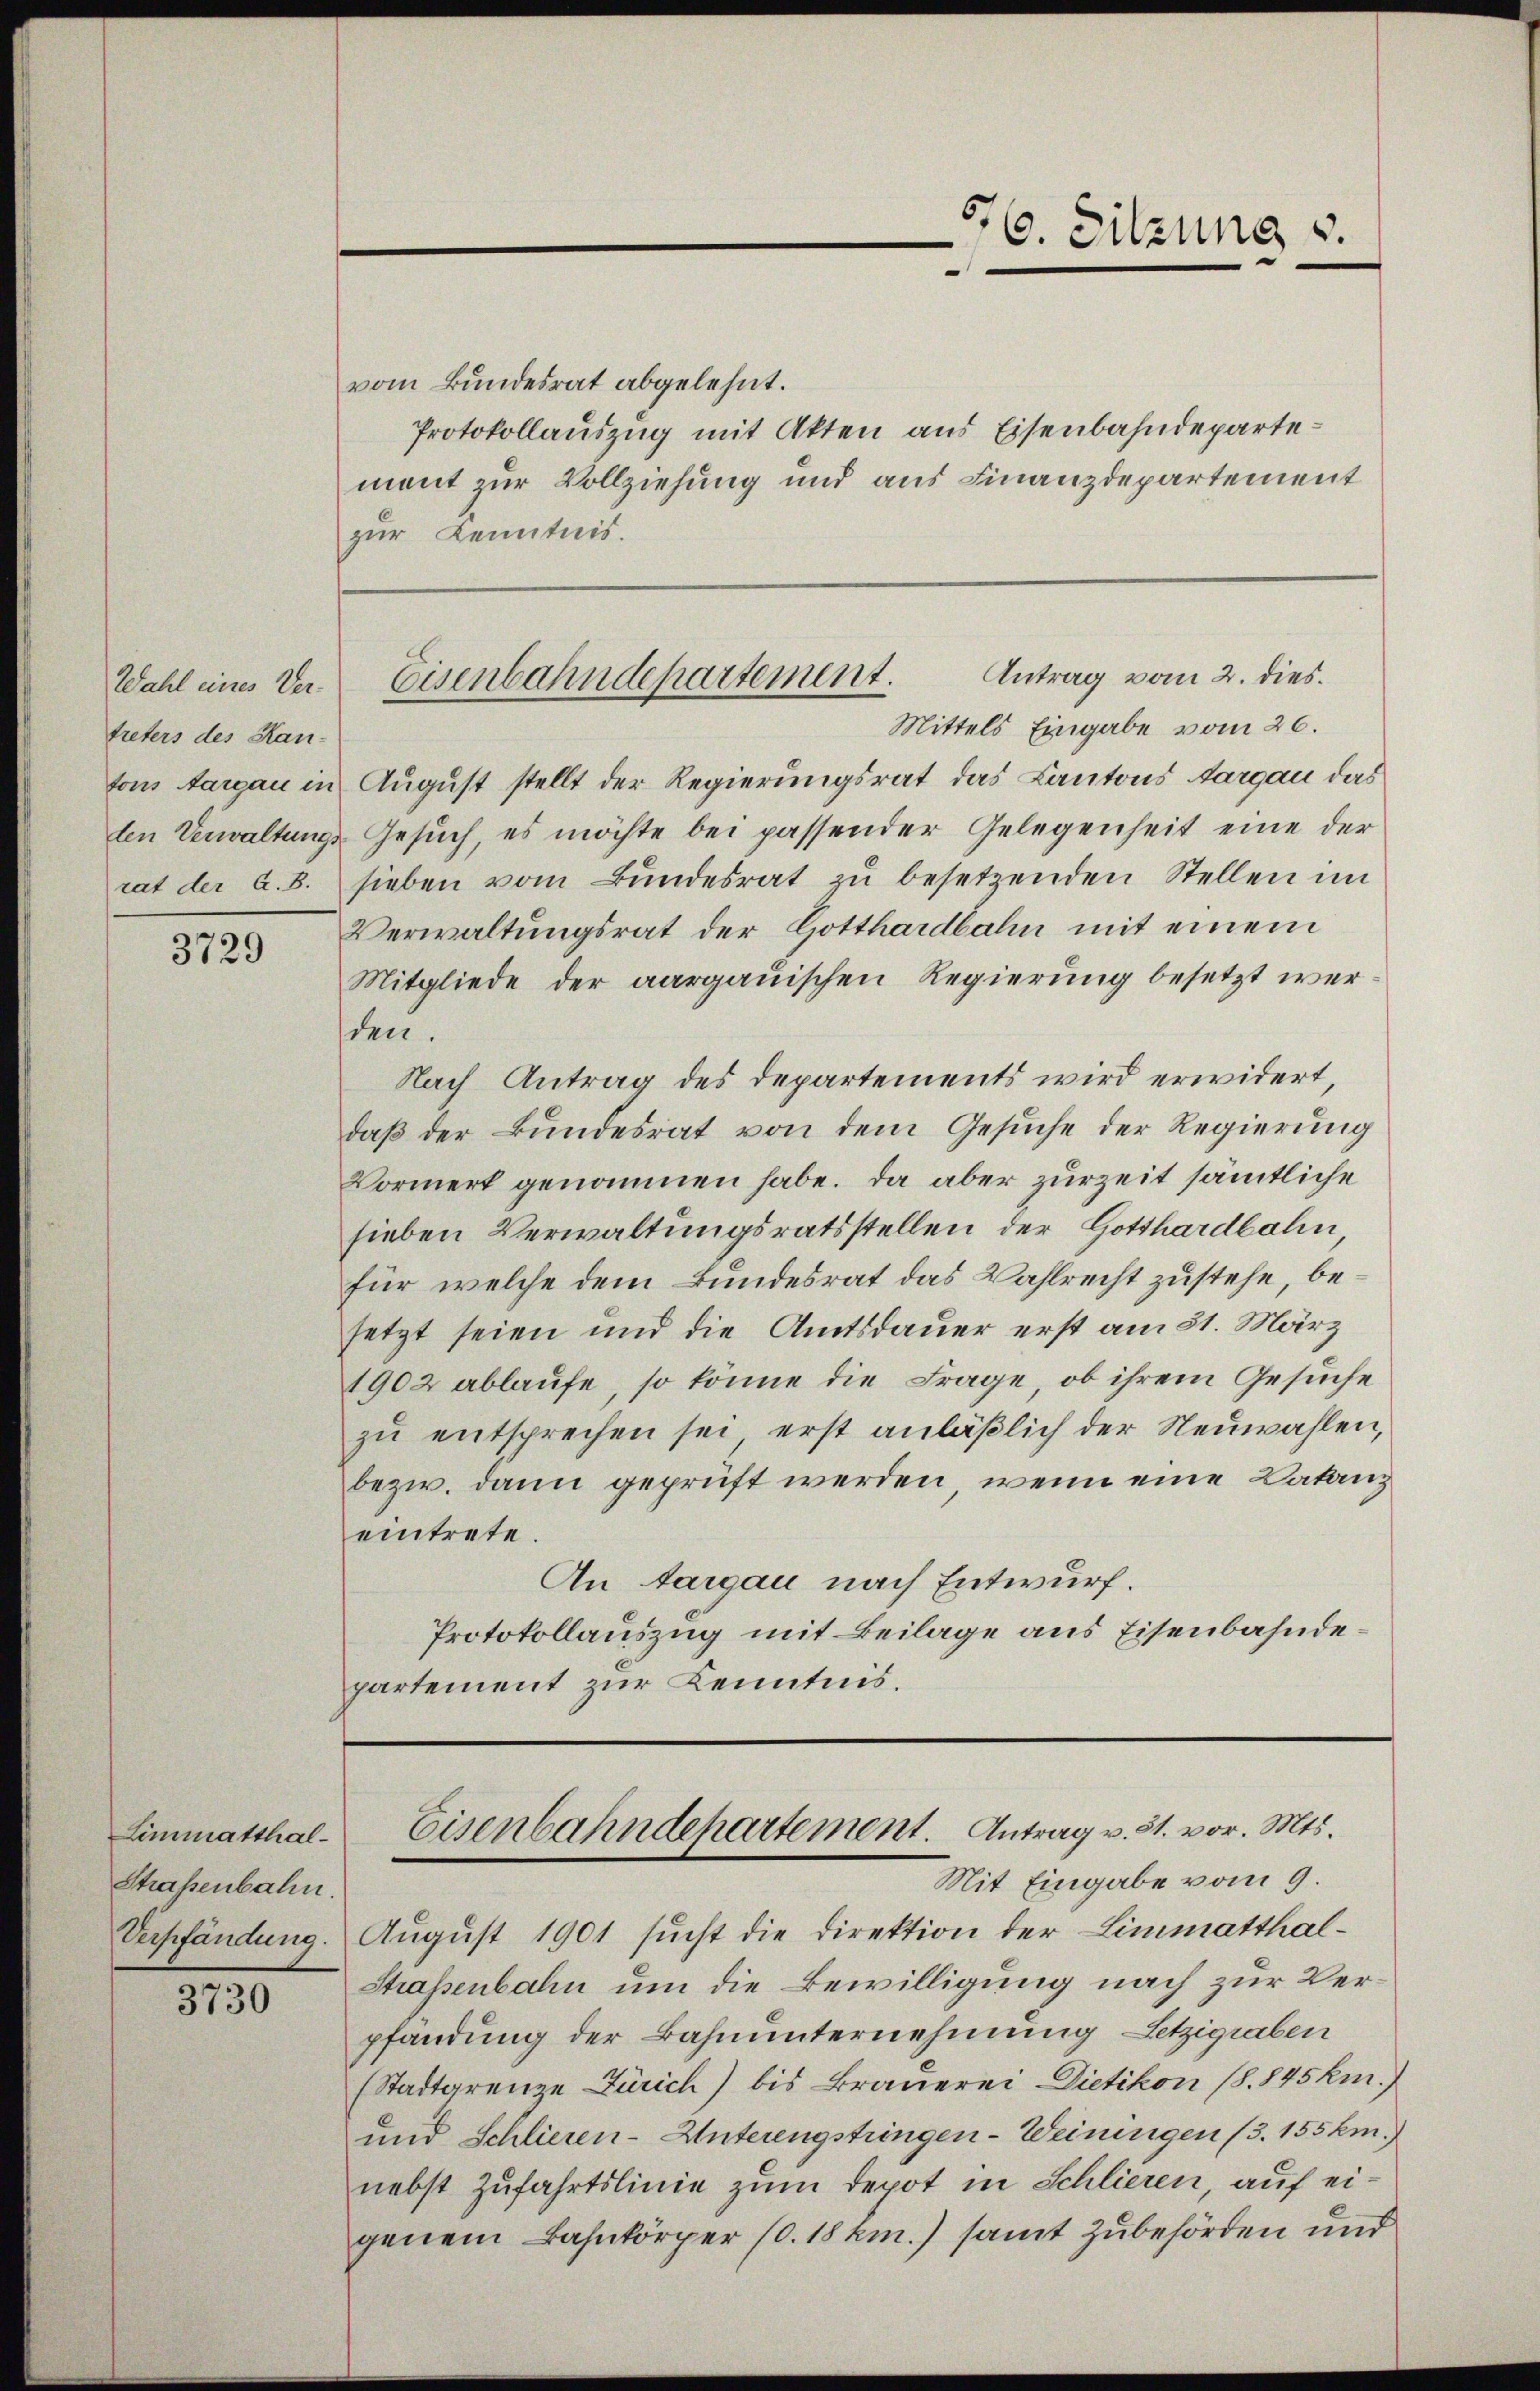
treters des Kan-

3729

Limmatthal¬
Strassenbahn.
Verpfändung.

3730

vom Bundesrat abgelehnt.
Protokollauszug mit Akten aus Eisenbahndepartement zur Vollziehung und aus Finanzdepartement
zur Kenntnis.

Mittels Eingabe vom 26.
tons Aargau in August stellt der Regierungsrat das Kantons Aargau das
den Verwaltungs-Gesuch, es möchte bei passender Gelegenheit eine der
rat der A. B. sieben vom Bŭndesrat zŭ besetzenden Stellen im
Verwaltungsrat der Gotthardbahn mit einem
Mitgliede der aargauischen Regierung besetzt werden.
Nach Antrag des Departements wird erwidert,
daß der Bundesrat von dem Gesuche der Regierung
Vormerk genommen habe. Da aber zurzeit sämmtliche
sieben Verwaltungsratsstellen der Gotthardbahn
für welche dem Bundesrat das Wahlrecht zustehe, besetzt seien und die Amtsdauer erst am 31. März
1902 ablaufe, so könne die Frage, ob ihrem Gesuche
zu entsprechen sei, erst anläßlich der Neuwahlen,
bezw. dann geprüft werden, wenn eine Datanz
eintrete.
An targau nach Entwurf.
Protokollauszug mit Beilage aus Eisenbahndepartement zur Kenntnis.

56. Sitzung v.

Antrag vom 2. dies
Wahl eines Der Eisenbahndepartement.

Eisenbahndepartement.   Antrag v. 31. vor. Mts.
Mit Eingabe vom 9.

August 1901 sucht die Direktion der Limmatthal¬
Strassenbahn um die Bewilligung nach zur Verpfandung der Bahnunternehmung, Letzigraben
(Stadtgrenze Zürich) bis Brauerei Dietikon (S. 845 km.)
und Schlieren-Unterengstringen-Weiningen (3. 155 km.)
nebst Zufahrtslinie zum Depot in Schlieren, auf eigenem Bahnkörper 10. 18 km.) samt zubehörden und